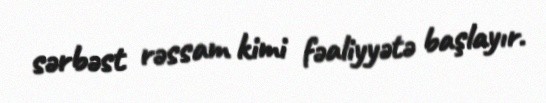
sərbəst rəssam kimi fəaliyyətə başlayır.